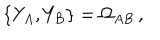
\{ Y _ { A } , Y _ { B } \} = \Omega _ { A B } \, ,